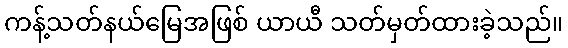
ကန့်သတ်နယ်မြေအဖြစ် ယာယီ သတ်မှတ်ထားခဲ့သည်။